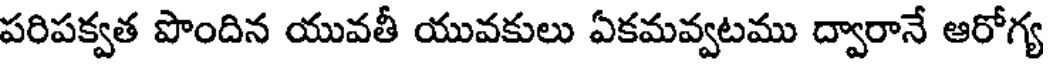
పరిపక్వత పొందిన యువతీ యువకులు ఏకమవ్వటము ద్వారానే ఆరోగ్య